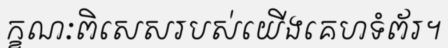
ក្ខណៈពិសេសរបស់យើងគេហទំព័រ។